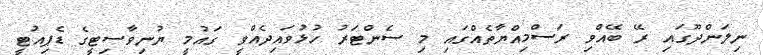
ނިލަންދޫގައި ރޭ ބޭއްވި ރަސްމިއްޔާތެއްގައި މި ސެންޓަރު ހުޅުވައިދެއްވީ ގައުމީ ޔުނިވާސިޓީގެ ޑެޕިއުޓީ